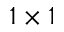
1 \times 1